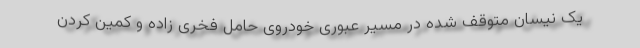
یک نیسان متوقف شده در مسیر عبوری خودروی حامل فخری زاده و کمین کردن